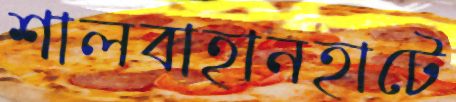
শালবাহানহাটে